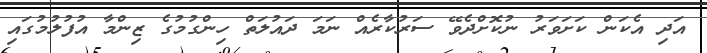
އަދި އެކަން ކަށަވަރު ނުކޮށްދެވޭ ސަރުކާރެއް ނަމަ ދައުލަތް ހިންގުމުގެ ޒިންމާ އުފުލުމުގައި